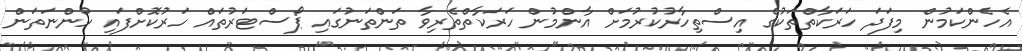
އެހެންކަމުން މިފަދަ ހަރަކާތްތަކުގެ އިސްތިހާރުކުރުމަށް އާންމުން ހަރަކާތްތެރިވާ ތަންތަނުގައި ޕޯސްޓަރުތައް ހަރުކޮށްފައި ހުންނަތަން